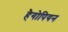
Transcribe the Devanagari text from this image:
हैगोपियन